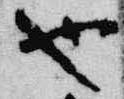
也